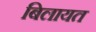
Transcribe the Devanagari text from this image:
बिलायत